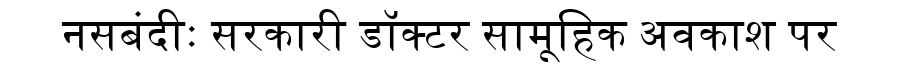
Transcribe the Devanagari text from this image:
नसबंदीः सरकारी डॉक्टर सामूहिक अवकाश पर